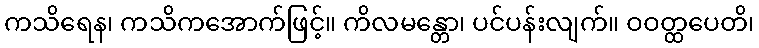
ကသိရေန၊ ကသိကအောက်ဖြင့်။ ကိလမန္တော၊ ပင်ပန်းလျက်။ ဝဝတ္ထပေတိ၊